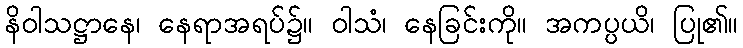
နိဝါသဋ္ဌာနေ၊ နေရာအရပ်၌။ ဝါသံ၊ နေခြင်းကို။ အကပ္ပယိ၊ ပြု၏။